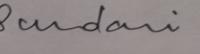
Signature authenticity: genuine